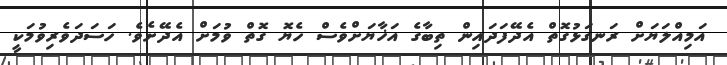
އަމިއްލަޔަށް ރަނގަޅުގޮތް އެދޭފަދައިން ތިބާގެ އަޚާޔަށްވެސް ހެޔޮ ގޮތް ވުމަށް އެދޭށެވެ. ހަސަދަވެރިވުމަކީ